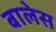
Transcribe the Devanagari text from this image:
बालेस